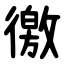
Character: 徼